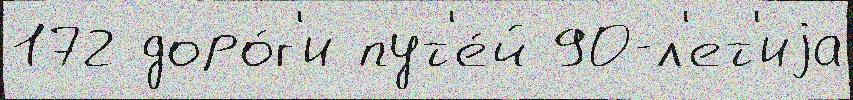
172 доро́г'и пут'е́й 90-л'ет'иjа